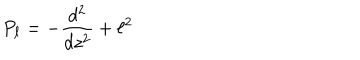
P _ { \ell } = - { \frac { d ^ { 2 } } { d z ^ { 2 } } } + \ell ^ { 2 }